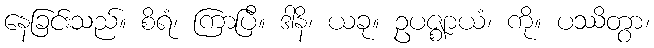
နေခြင်းသည်။ စိရံ၊ ကြာပြီ။ ဒါနိ၊ ယခု။ ဥပဇ္ဈာယံ၊ ကို။ ပဿိတွာ၊